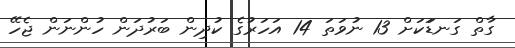
ގާތް ގަނޑަަކަށް 13 ނުވަތަ 14 އަހަރުގެ ކުދިން ބަރުދަން ހުންނަން ޖެހޭ